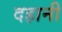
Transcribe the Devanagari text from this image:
दहानी